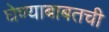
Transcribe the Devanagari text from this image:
घेण्याबाबतची